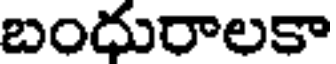
బంధురాలకా